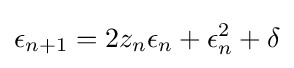
\epsilon _{n+1}=2z_{n}\epsilon _{n}+\epsilon _{n}^{2}+\delta